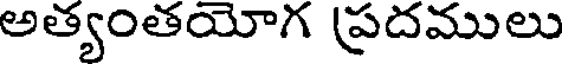
అత్యంతయోగ (పదములు